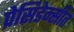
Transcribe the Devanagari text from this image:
प्रेसिडेन्सीत